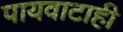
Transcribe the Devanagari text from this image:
पायवाटाही